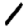
Digit: 1